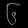
Digit: ၆